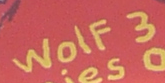
WolF 3